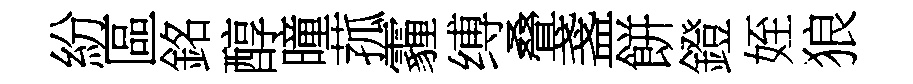
紛區銘醇曈菰霾缚叠盞餅鐙姪狼